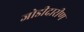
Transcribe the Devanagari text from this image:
जोडीदारीण